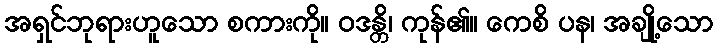
အရှင်ဘုရားဟူသော စကားကို။ ဝဒန္တိ၊ ကုန်၏။ ကေစိ ပန၊ အချို့သော